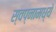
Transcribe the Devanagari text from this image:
स्वप्नामध्ये